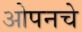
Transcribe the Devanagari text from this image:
ओपनचे